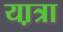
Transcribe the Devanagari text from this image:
या़त्रा